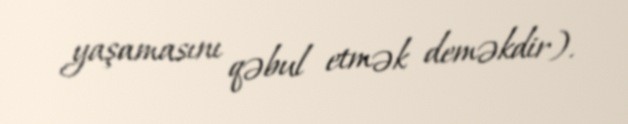
yaşamasını qəbul etmək deməkdir).